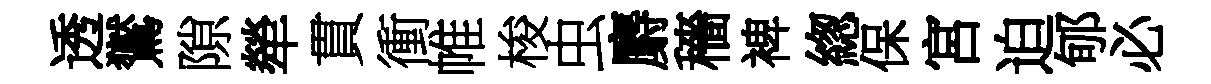
透鸑隙犖貫衝帷梭虫麝穡裨緫保宮迫郇必